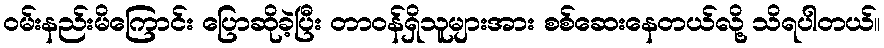
ဝမ်းနည်းမိကြောင်း ပြောဆိုခဲ့ပြီး တာဝန်ရှိသူများအား စစ်ဆေးနေတယ်လို့ သိရပါတယ်။